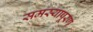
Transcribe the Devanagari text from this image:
समस्यापूरण